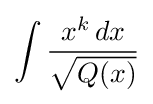
\int {\frac {x^{k}\,dx}{\sqrt {Q(x)}}}